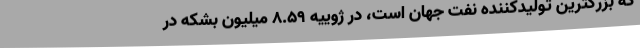
که بزرگترین تولیدکننده نفت جهان است، در ژوییه 8.59 میلیون بشکه در